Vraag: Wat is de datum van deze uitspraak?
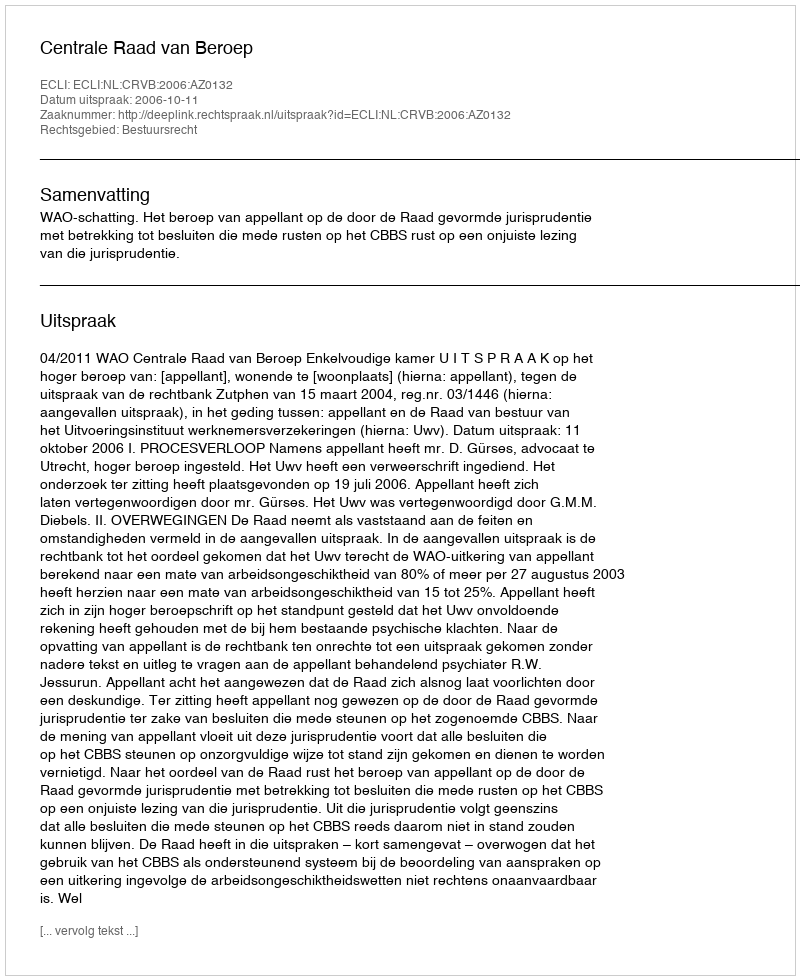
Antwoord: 2006-10-11